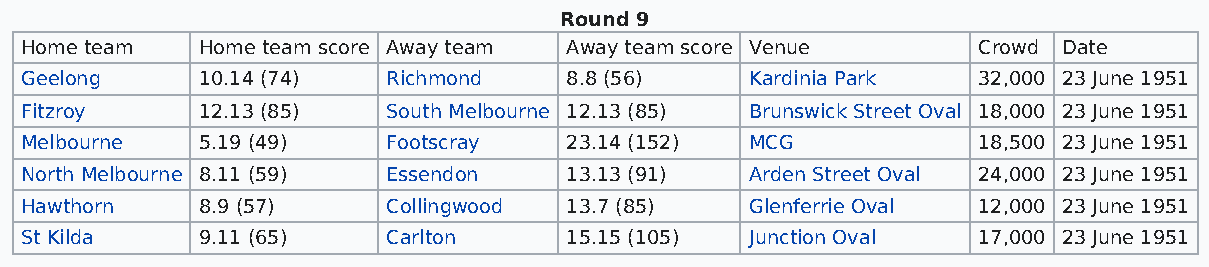
Round 9
 Home team   Home team score Away team Away team score Venue     Crowd Date
 Geelong     10.14 (74)   Richmond   8.8 (56)     Kardinia Park  32,000 23 June 1951
 Fitzroy     12.13 (85)   South Melbourne 12.13 (85) Brunswick Street Oval 18,000 23 June 1951
 Melbourne   5.19 (49)    Footscray  23.14 (152)  MCG            18,500 23 June 1951
 North Melbourne 8.11 (59) Essendon  13.13 (91)   Arden Street Oval 24,000 23 June 1951
 Hawthorn    8.9 (57)     Collingwood 13.7 (85)   Glenferrie Oval 12,000 23 June 1951
 St Kilda    9.11 (65)    Carlton    15.15 (105)  Junction Oval  17,000 23 June 1951